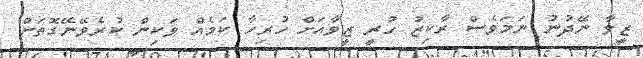
ޒީވާ ނޭދުނު ނަމަވެސް ރާކިޒު ހުރީ ޒީވާއަށް ހުރިހާ ކަމެއް ވަކިން ކުރެވޭނޭގޮތަށް